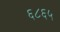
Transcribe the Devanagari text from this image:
६८६५